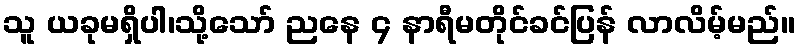
သူ ယခုမရှိပါ၊သို့သော် ညနေ ၄ နာရီမတိုင်ခင်ပြန် လာလိမ့်မည်။